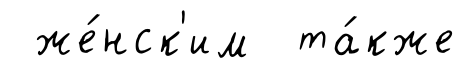
же́нск'им та́кже